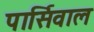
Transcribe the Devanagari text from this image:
पार्सिवाल